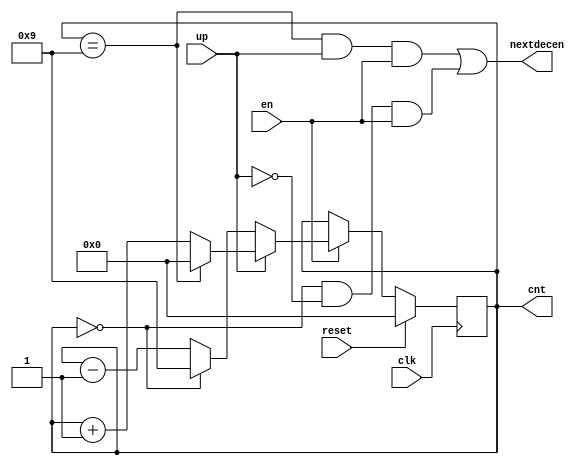
module deccount(cnt,nextdecen,en,up,clk,reset);
    output [3:0]    cnt;
    output          nextdecen;
    input           en, up;
    input           clk, reset;

    reg    [3:0]    cnt, ncnt;

    always @(posedge clk) begin
        if(reset)
            cnt <= 4'b0000;
        else
            if(en)
                cnt <= ncnt;
            else
                cnt <= cnt;
    end

    always @(cnt, up) begin
        if(up)
            ncnt = (cnt==9) ? 0 : cnt+1;
        else
            ncnt = (cnt==0) ? 9 : cnt-1;
    end

    assign nextdecen = ((cnt==9) && up && en) || ((cnt==0) && !up && en);
endmodule